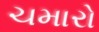
ચમારો